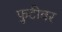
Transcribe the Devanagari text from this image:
फुटीवर